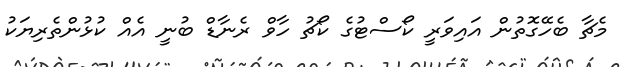
މެޗާ ބެހޭގޮތުން އައިވަރީ ކޯސްޓުގެ ކޯޗު ހާވް ރެނާޑް ބުނީ އެއް ކުޅުންތެރިޔަކު